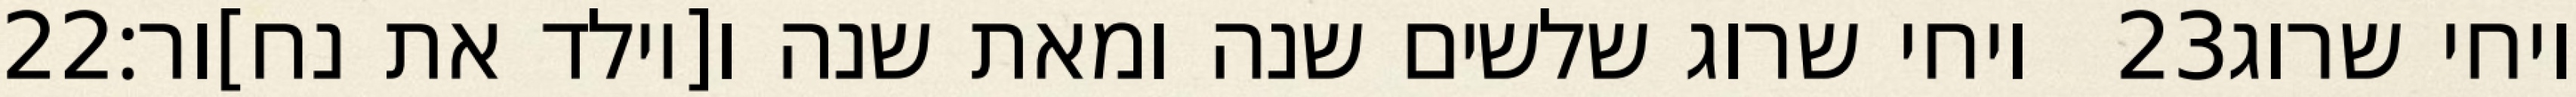
‎22‏ ויחי שרוג שלשים שנה ומאת שנה ו[יולד את נח]ור׃ ‎23‏ ויחי שרוג